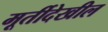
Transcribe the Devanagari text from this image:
मूर्तीदेखील